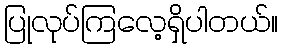
ပြုလုပ်ကြလေ့ရှိပါတယ်။